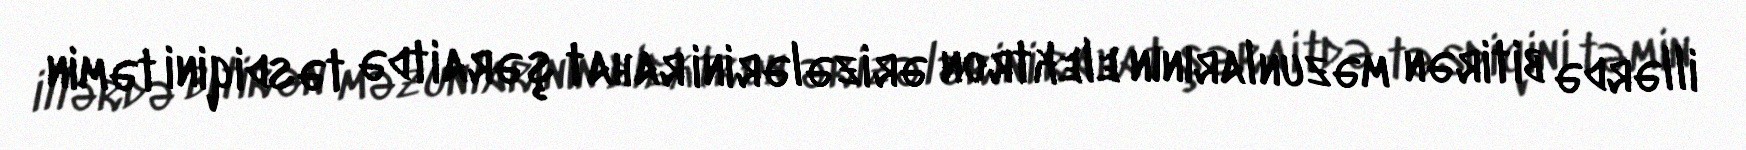
illərdə bitirən məzunlarının elektron ərizələrini rahat şəraitdə təsdiqini təmin